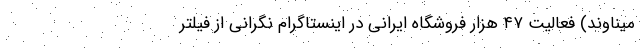
میناوند) فعالیت ۴۷ هزار فروشگاه ایرانی در اینستاگرام نگرانی از فیلتر